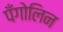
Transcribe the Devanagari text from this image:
पँगोलिन